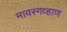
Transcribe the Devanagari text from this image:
मावस्गव्हाण